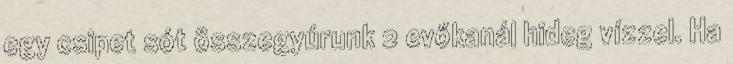
egy csipet sót összegyúrunk 2 evőkanál hideg vízzel. Ha